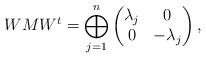
LaTeX: \begin{align*} WMW^t = \bigoplus_{j=1}^n \begin{pmatrix} \lambda_j & 0 \\ 0 & -\lambda_j \end{pmatrix},\end{align*}